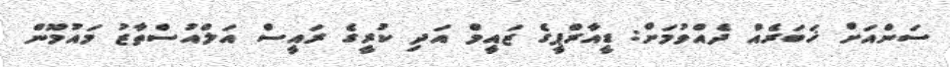
ސަންއަށް ޚަބަރެއް ދެއްވުމަށް: ޑީއާރްޕީގެ ޒައީމް އަދި ކުރީގެ ރައީސް އަލްއުސްތާޒު މައުމޫން